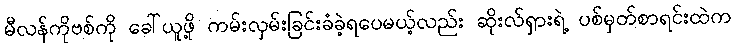
မီလန်ကိုဗစ်ကို ခေါ်ယူဖို့ ကမ်းလှမ်းခြင်းခံခဲ့ရပေမယ့်လည်း ဆိုးလ်ရှားရဲ့ ပစ်မှတ်စာရင်းထဲက